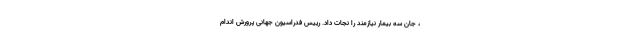
، جان سه بیمار نیازمند را نجات داد. رییس فدراسیون جهانی پرورش اندام